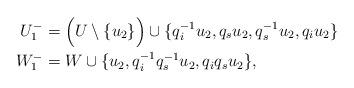
LaTeX: \begin{align*} U^-_1 &= \Big( U \setminus \{u_2\} \Big) \cup \{ q_i^{-1} u_2, q_{s} u_2, q_s^{-1} u_2, q_i u_2 \} \\ W^-_1 &= W \cup \{ u_2, q_i^{-1} q_{s}^{-1} u_2, q_i q_s u_2 \}, \end{align*}